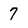
Character: 7